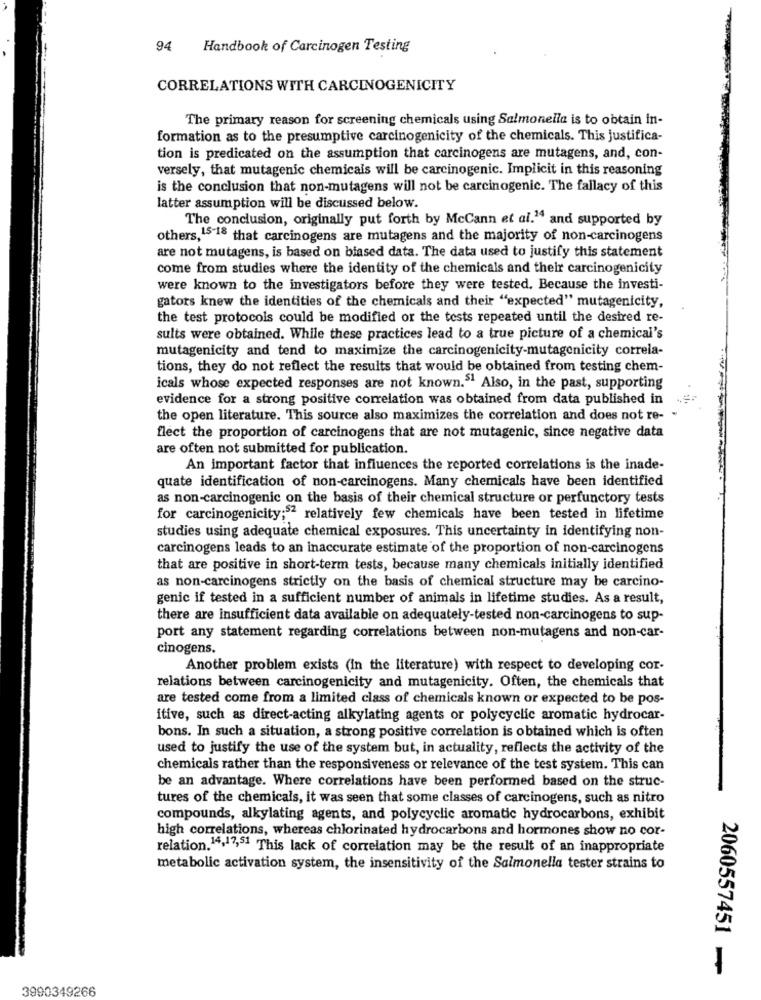
94
Handbook of Carcinogen Testing
CORRELATIONS WITH CARCINOGENICITY
The primary reason for screening chemicals using Salmonella is to obtain in-
formation as to the presumptive carcinogenicity of the chemicals. This justifica-
tion is predicated on the assumption that carcinogens are mutagens, and, con-
versely, that mutagenic chemicals will be carcinogenic. Implicit in this reasoning
is the conclusion that non-mutagens will not be carcinogenic. The fallacy of this
latter assumption will be discussed below.
The conclusion, originally put forth by McCann et al." and supported by
others, 15-18 that carcinogens are mutagens and the majority of non-carcinogens
are not mutagens, is based on biased data. The data used to justify this statement
come from studies where the identity of the chemicals and their carcinogenicity
were known to the investigators before they were tested. Because the investi-
gators knew the identities of the chemicals and their "expected" mutagenicity,
the test protocols could be modified or the tests repeated until the desired re-
sults were obtained. While these practices lead to a true picture of a chemical's
mutagenicity and tend to maximize the carcinogenicity-mutagenicity correla-
tions, they do not reflect the results that would be obtained from testing chem-
icals whose expected responses are not known." Also, in the past, supporting
evidence for a strong positive correlation was obtained from data published in
the open literature. This source also maximizes the correlation and does not re- -
flect the proportion of carcinogens that are not mutagenic, since negative data
are often not submitted for publication.
An important factor that influences the reported correlations is the inade-
quate identification of non-carcinogens. Many chemicals have been identified
as non-carcinogenic on the basis of their chemical structure or perfunctory tests
for carcinogenicity;52 relatively few chemicals have been tested in lifetime
studies using adequate chemical exposures. This uncertainty in identifying non-
carcinogens leads to an inaccurate estimate of the proportion of non-carcinogens
that are positive in short-term tests, because many chemicals initially identified
as non-carcinogens strictly on the basis of chemical structure may be carcino-
genic if tested in a sufficient number of animals in lifetime studies. As a result,
there are insufficient data available on adequately-tested non-carcinogens to sup-
port any statement regarding correlations between non-mutagens and non-car-
cinogens.
Another problem exists (In the literature) with respect to developing cor-
relations between carcinogenicity and mutagenicity. Often, the chemicals that
are tested come from a limited class of chemicals known or expected to be pos-
itive, such as direct-acting alkylating agents or polycyclic aromatic hydrocar-
bons. In such a situation, a strong positive correlation is obtained which is often
used to justify the use of the system but, in actuality, reflects the activity of the
chemicals rather than the responsiveness or relevance of the test system. This can
be an advantage. Where correlations have been performed based on the struc-
tures of the chemicals, it was seen that some classes of carcinogens, such as nitro
compounds, alkylating agents, and polycyclic aromatic hydrocarbons, exhibit
high correlations, whereas chlorinated hydrocarbons and hormones show no cor-
relation. 14,17,51 This lack of correlation may be the result of an inappropriate
metabolic activation system, the insensitivity of the Salmonella tester strains to
2060557451
3990349266